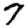
Digit: 7